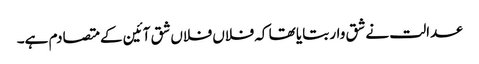
عدالت نے شق وار بتایا تھا کہ فلاں فلاں شق آئین کے متصادم ہے۔